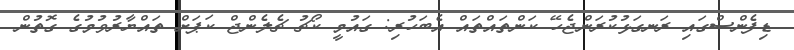
ޑިފެންސްގައި ރަނގަޅުކުރަންޖެހޭ ކަންތައްތައް އެބަހުރި: ގައުމީ ކޯޗު ޗެލެންޖް ކަޕަށް ތައްޔާރުވުމުގެ ގޮތުން